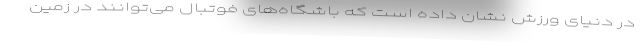
در دنیای ورزش نشان داده است که باشگاه‌های فوتبال می‌توانند در زمین